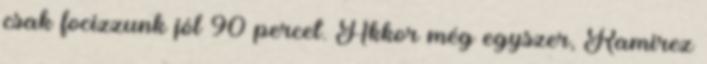
csak focizzunk jól 90 percet. Akkor még egyszer, Ramirez